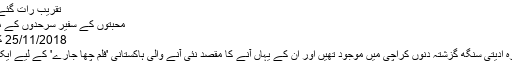
تقریب رات گئے تک جاری رہی جس میں…
محبتوں کے سفیر سرحدوں کے محتاج نہیں ہوتے: ادیتی سنگھ
25/11/2018 کوکب جہاں 2,579 Views
بھارت کی ابھرتی ہوئی اداکارہ ادیتی سنگھ گزشتہ دنوں کراچی میں موجود تھیں اور ان کے یہاں آنے کا مقصد نئی آنے والی ہاکستانی 'فلم چھا جارے' کے لیے ایک آئٹم نمبر ریکارڈ کروانا تھا۔